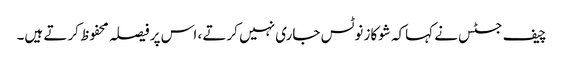
چیف جسٹس نے کہاکہ شوکاز نوٹس جاری نہیں کرتے ، اس پر فیصلہ محفوظ کرتے ہیں۔